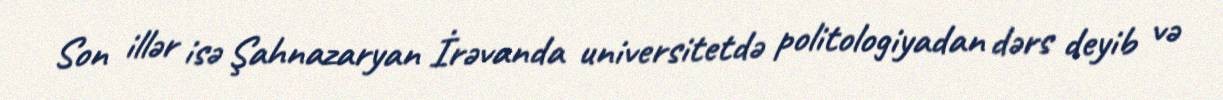
Son illər isə Şahnazaryan İrəvanda universitetdə politologiyadan dərs deyib və